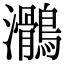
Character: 𪆸